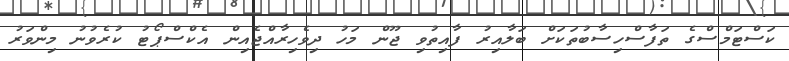
ކަސްޓަމްސްގެ ތަފާސްހިސާބުތަކަށް ބަލާއިރު ފާއިތުވި ޖޫން މަހު ދިވެހިރާއްޖެއިން އެކްސްޕޯޓު ކުރެވުނު މިންވަރު